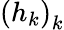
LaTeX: \left(h_{k}\right)_{k}